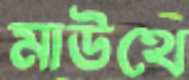
মাউথে